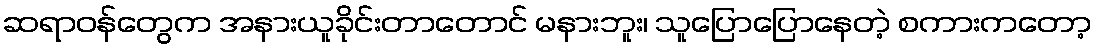
ဆရာဝန်တွေက အနားယူခိုင်းတာတောင် မနားဘူး၊ သူပြောပြောနေတဲ့ စကားကတော့